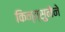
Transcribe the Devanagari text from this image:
किन्त्सुनेने